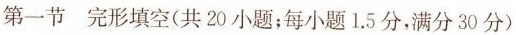
第一节完形填空(共20小题;每小题1.5分，满分 30分）